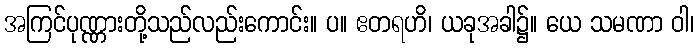
အကြင်ပုဏ္ဏားတို့သည်လည်းကောင်း။ ပ။ ဧတရဟိ၊ ယခုအခါ၌။ ယေ သမဏာ ဝါ၊